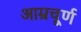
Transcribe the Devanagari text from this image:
आम्रचूर्ण